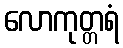
လောကုတ္တရံ